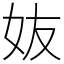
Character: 𡛀